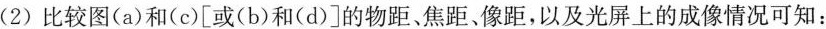
(2)比较图(a)和(c)[或(b)和(d)]的物距、焦距，像距，以及光屏上的成像情况可知：